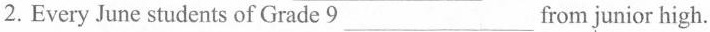
2.Every June students of Grade 9 ___ from junior high.